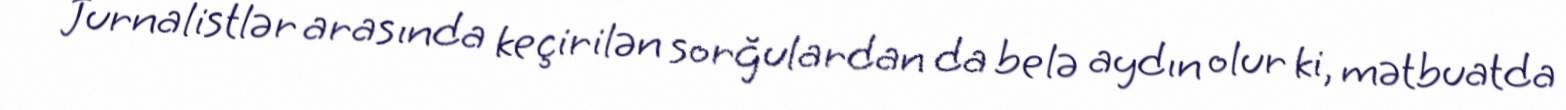
Jurnalistlər arasında keçirilən sorğulardan da belə aydın olur ki, mətbuatda